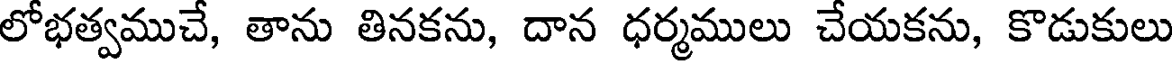
లోభత్వముచే, తాను తినకను, దాన ధర్మములు చేయకను, కొడుకులు